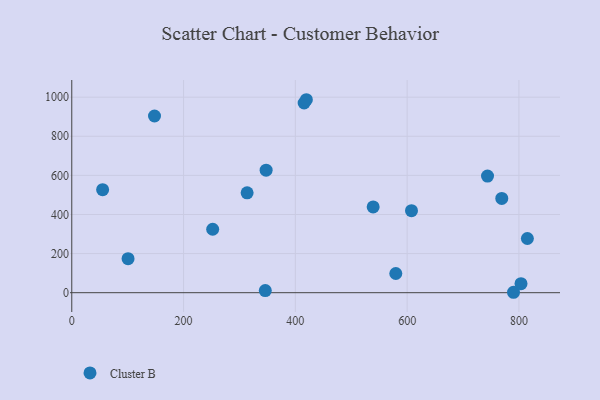
{"axis": {"x": "Ad Spend", "y": "Exam Score"}, "legend": ["Cluster B"], "data": [{"x": "415.7", "y": 970.2, "type": "Cluster B"}, {"x": "579.7", "y": 98.2, "type": "Cluster B"}, {"x": "790.3", "y": 2.1, "type": "Cluster B"}, {"x": "252.1", "y": 324.4, "type": "Cluster B"}, {"x": "346.2", "y": 10.9, "type": "Cluster B"}, {"x": "347.7", "y": 626.8, "type": "Cluster B"}, {"x": "803.7", "y": 46.1, "type": "Cluster B"}, {"x": "539.2", "y": 438.5, "type": "Cluster B"}, {"x": "419.7", "y": 987.0, "type": "Cluster B"}, {"x": "100.7", "y": 174.0, "type": "Cluster B"}, {"x": "55.2", "y": 526.9, "type": "Cluster B"}, {"x": "148.0", "y": 903.7, "type": "Cluster B"}, {"x": "607.8", "y": 419.4, "type": "Cluster B"}, {"x": "313.7", "y": 510.8, "type": "Cluster B"}, {"x": "769.3", "y": 482.4, "type": "Cluster B"}, {"x": "815.1", "y": 277.1, "type": "Cluster B"}, {"x": "743.8", "y": 596.5, "type": "Cluster B"}]}